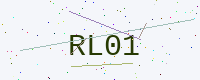
Text: RL01